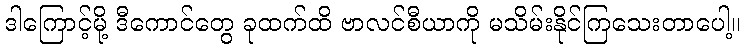
ဒါကြောင့်မို့ ဒီကောင်တွေ ခုထက်ထိ ဗာလင်စီယာကို မသိမ်းနိုင်ကြသေးတာပေါ့။